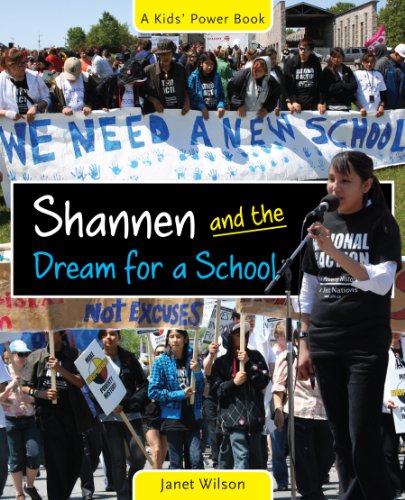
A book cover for Shannen and the Dream for a School (The Kids' Power Series); Biographies & Memoirs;